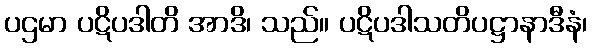
ပဌမာ ပဋိပဒါတိ အာဒိ၊ သည်။ ပဋိပဒါသတိပဋ္ဌာနာဒီနံ၊